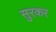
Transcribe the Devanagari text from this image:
सुरकर